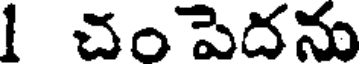
1 చం పెదను